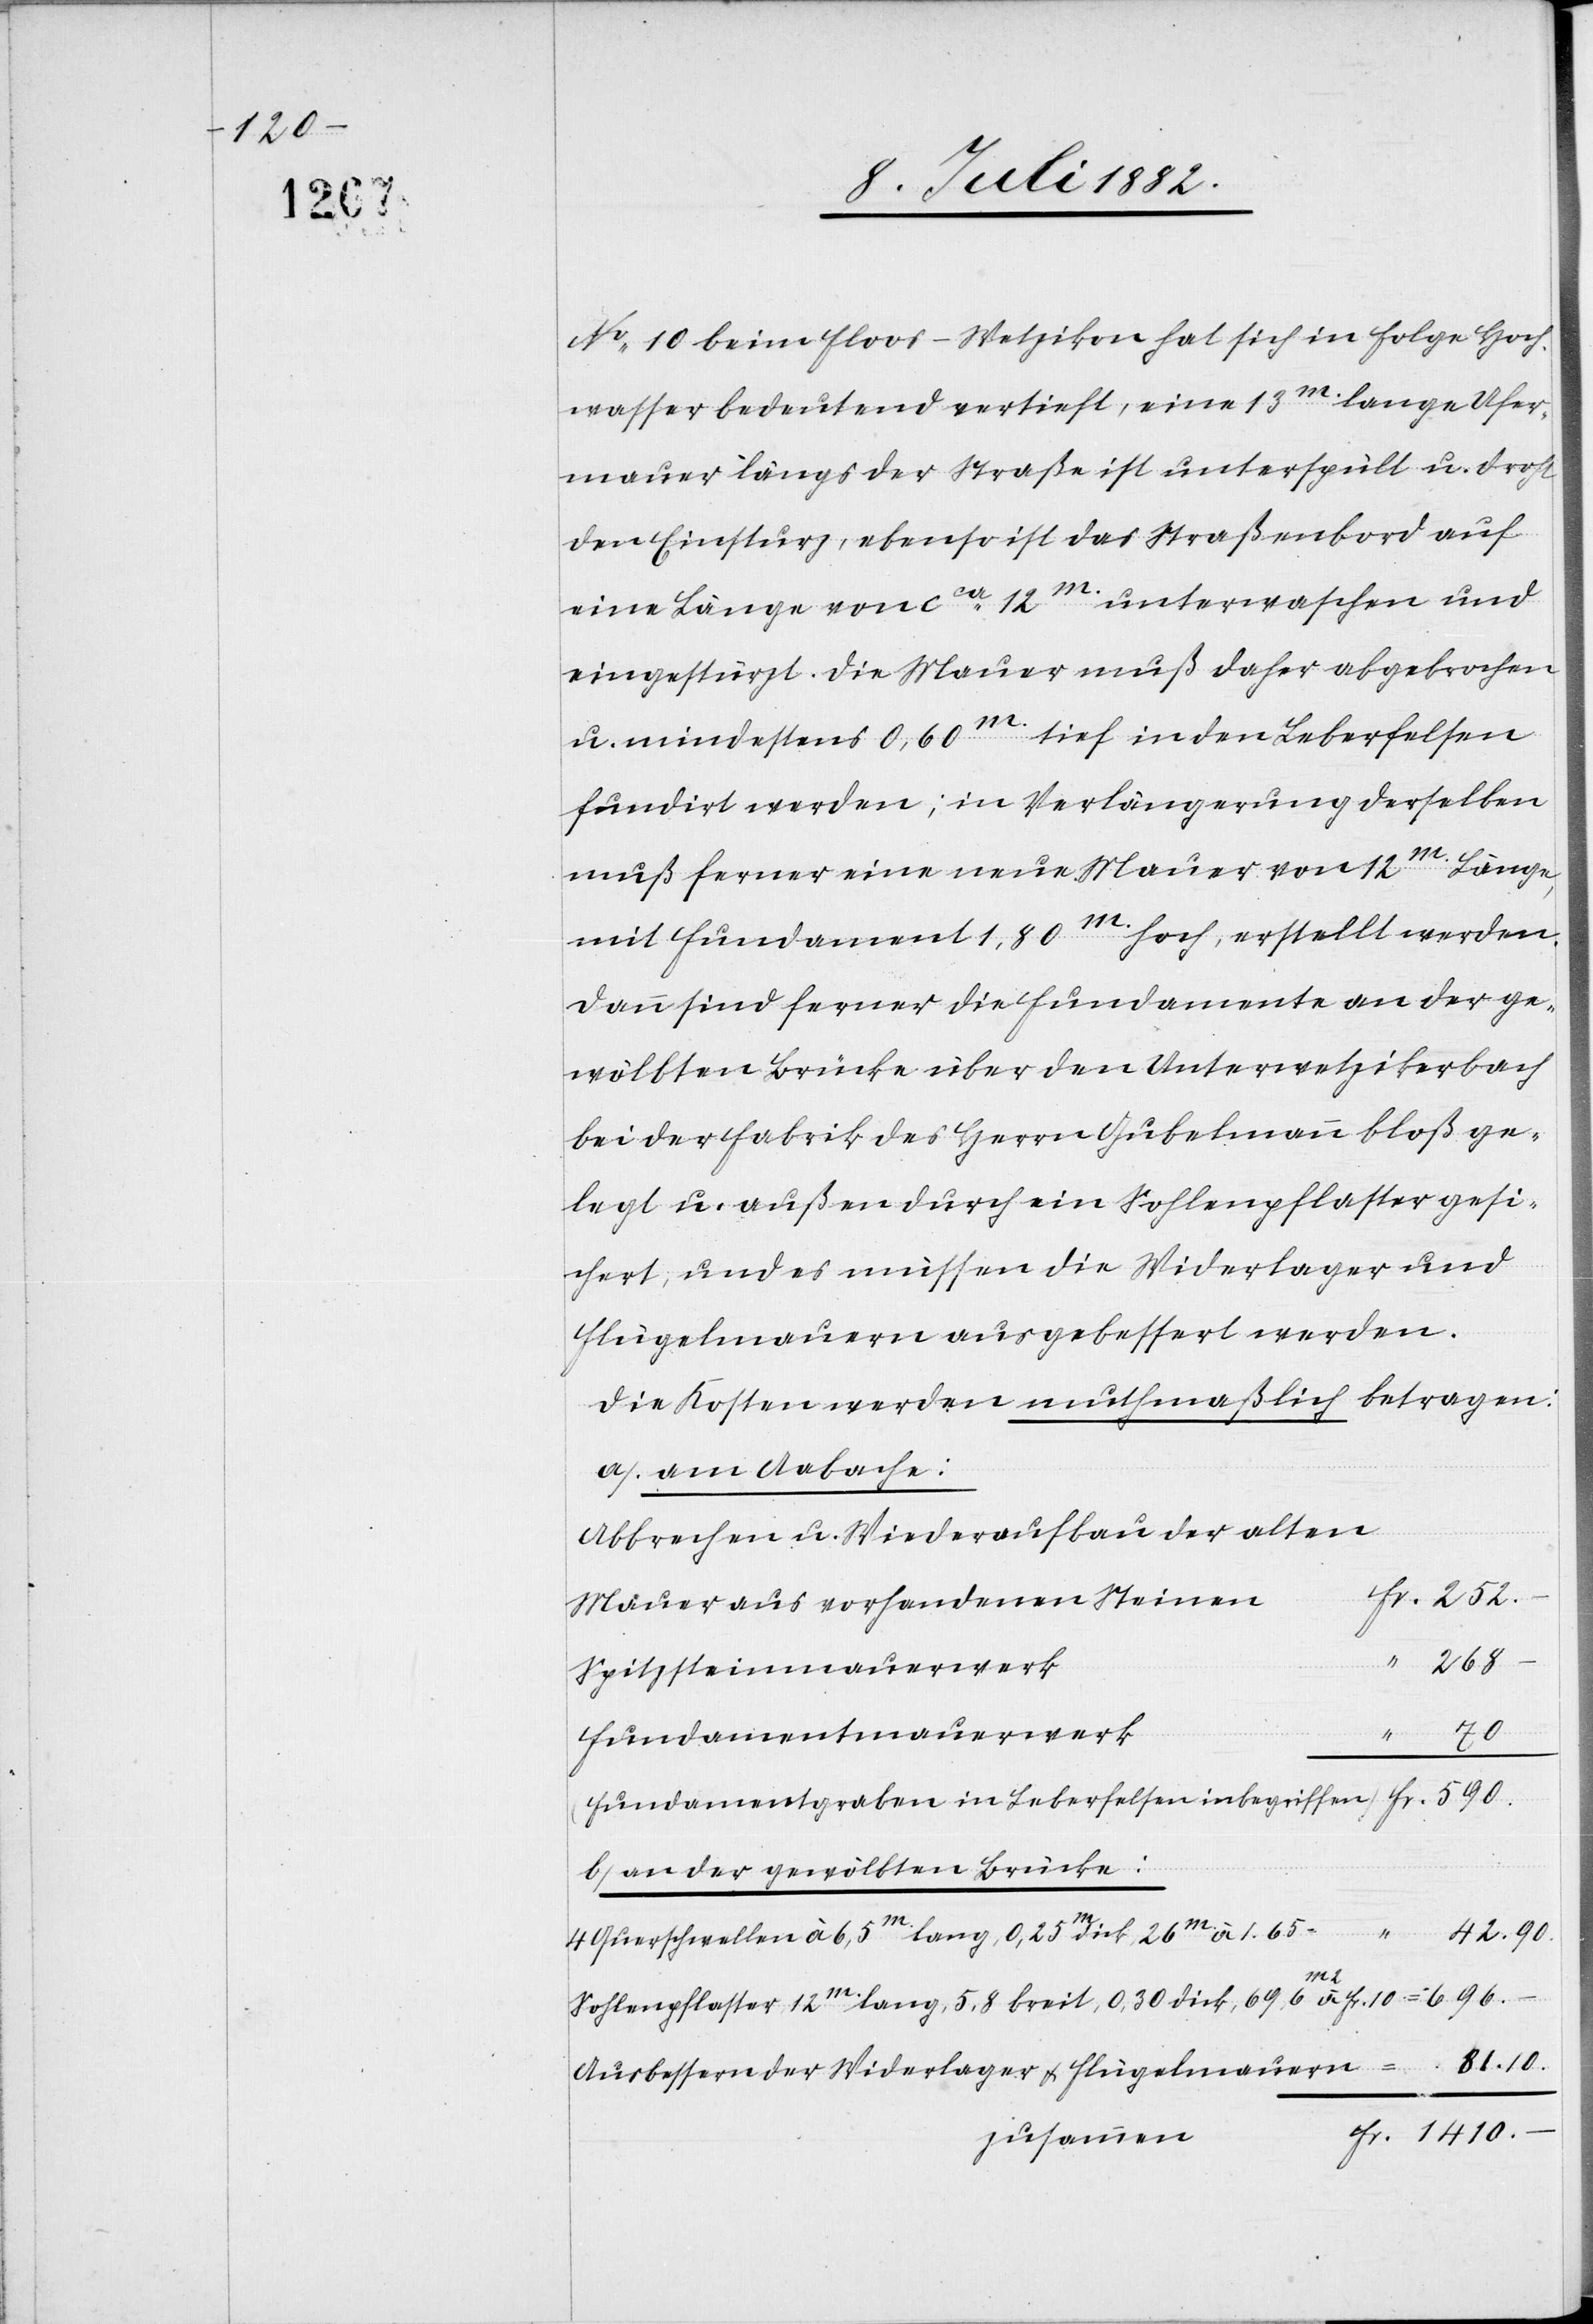
252.

No 10 beim Floos - Wetzikon hat sich in Folge Hoch¬
wasser bedeutend vertieft, eine 13m lange Ufer¬
mauer längs der Straße ist unterspült u. droht
den Einsturz, ebenso ist das Straßenbord auf
eine Länge von ca 12m unterwaschen und
eingestürzt. Die Mauer muß daher abgebrochen
u. mindestens 0,60m tief in den Leberfelsen
fundirt werden; in Verlängerung derselben
muß ferner eine neue Mauer von 12m Länge,
mit Fundament 1,80m hoch erstellt werden.
Dann sind ferner die Fundamente an der ge¬
wölbten Brücke über den Unterwetzikerbach
bei der Fabrik des Herrn Gubelmann bloß ge¬
legt u. außen durch ein Sohlenpflaster gesi¬
chert, und es müssen die Widerlager und
Flügelmauern ausgebessert werden.
Die Kosten werden muthmaßlich betragen:
a. am Aabache:
Abbrechen u. Wiederaufbau der alten
Mauer aus vorhandenen Steinen
268
Spitzsteinmauerwerk
10
Fundamentmauerwerk
(Fundamentgraben in Leberfelsen inbegriffen)
b. an der gewölbten Brücke:
4
Fr.
Querschwellen à 6.5m lang, 0,25m tief, 26m à 1.65
1410.
–
Sohlenpflaster 12m lang, 5.8 breit, 0.30 dick, 69.6m2 à Fr. 10 =
Ausbessern der Widerlager & Flügelmauern =
zusammen